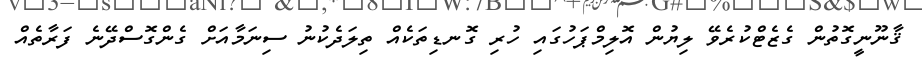
ޤާނޫނީގޮތުން ގެޒެޓްކުރެވޭ ލިޔުން އޮލިމްޕަހުގައި ހުރި ގޮނޑިތަކެއް ތިލަދެކުނު ސިނަމާއަށް ގެންގޮސްދޭނެ ފަރާތެއް